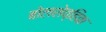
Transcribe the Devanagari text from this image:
बोलशेव्हिक